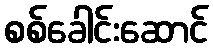
စစ်ခေါင်းဆောင်